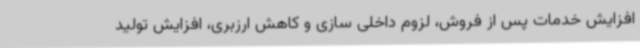
افزایش خدمات پس از فروش، لزوم داخلی سازی و کاهش ارزبری، افزایش تولید